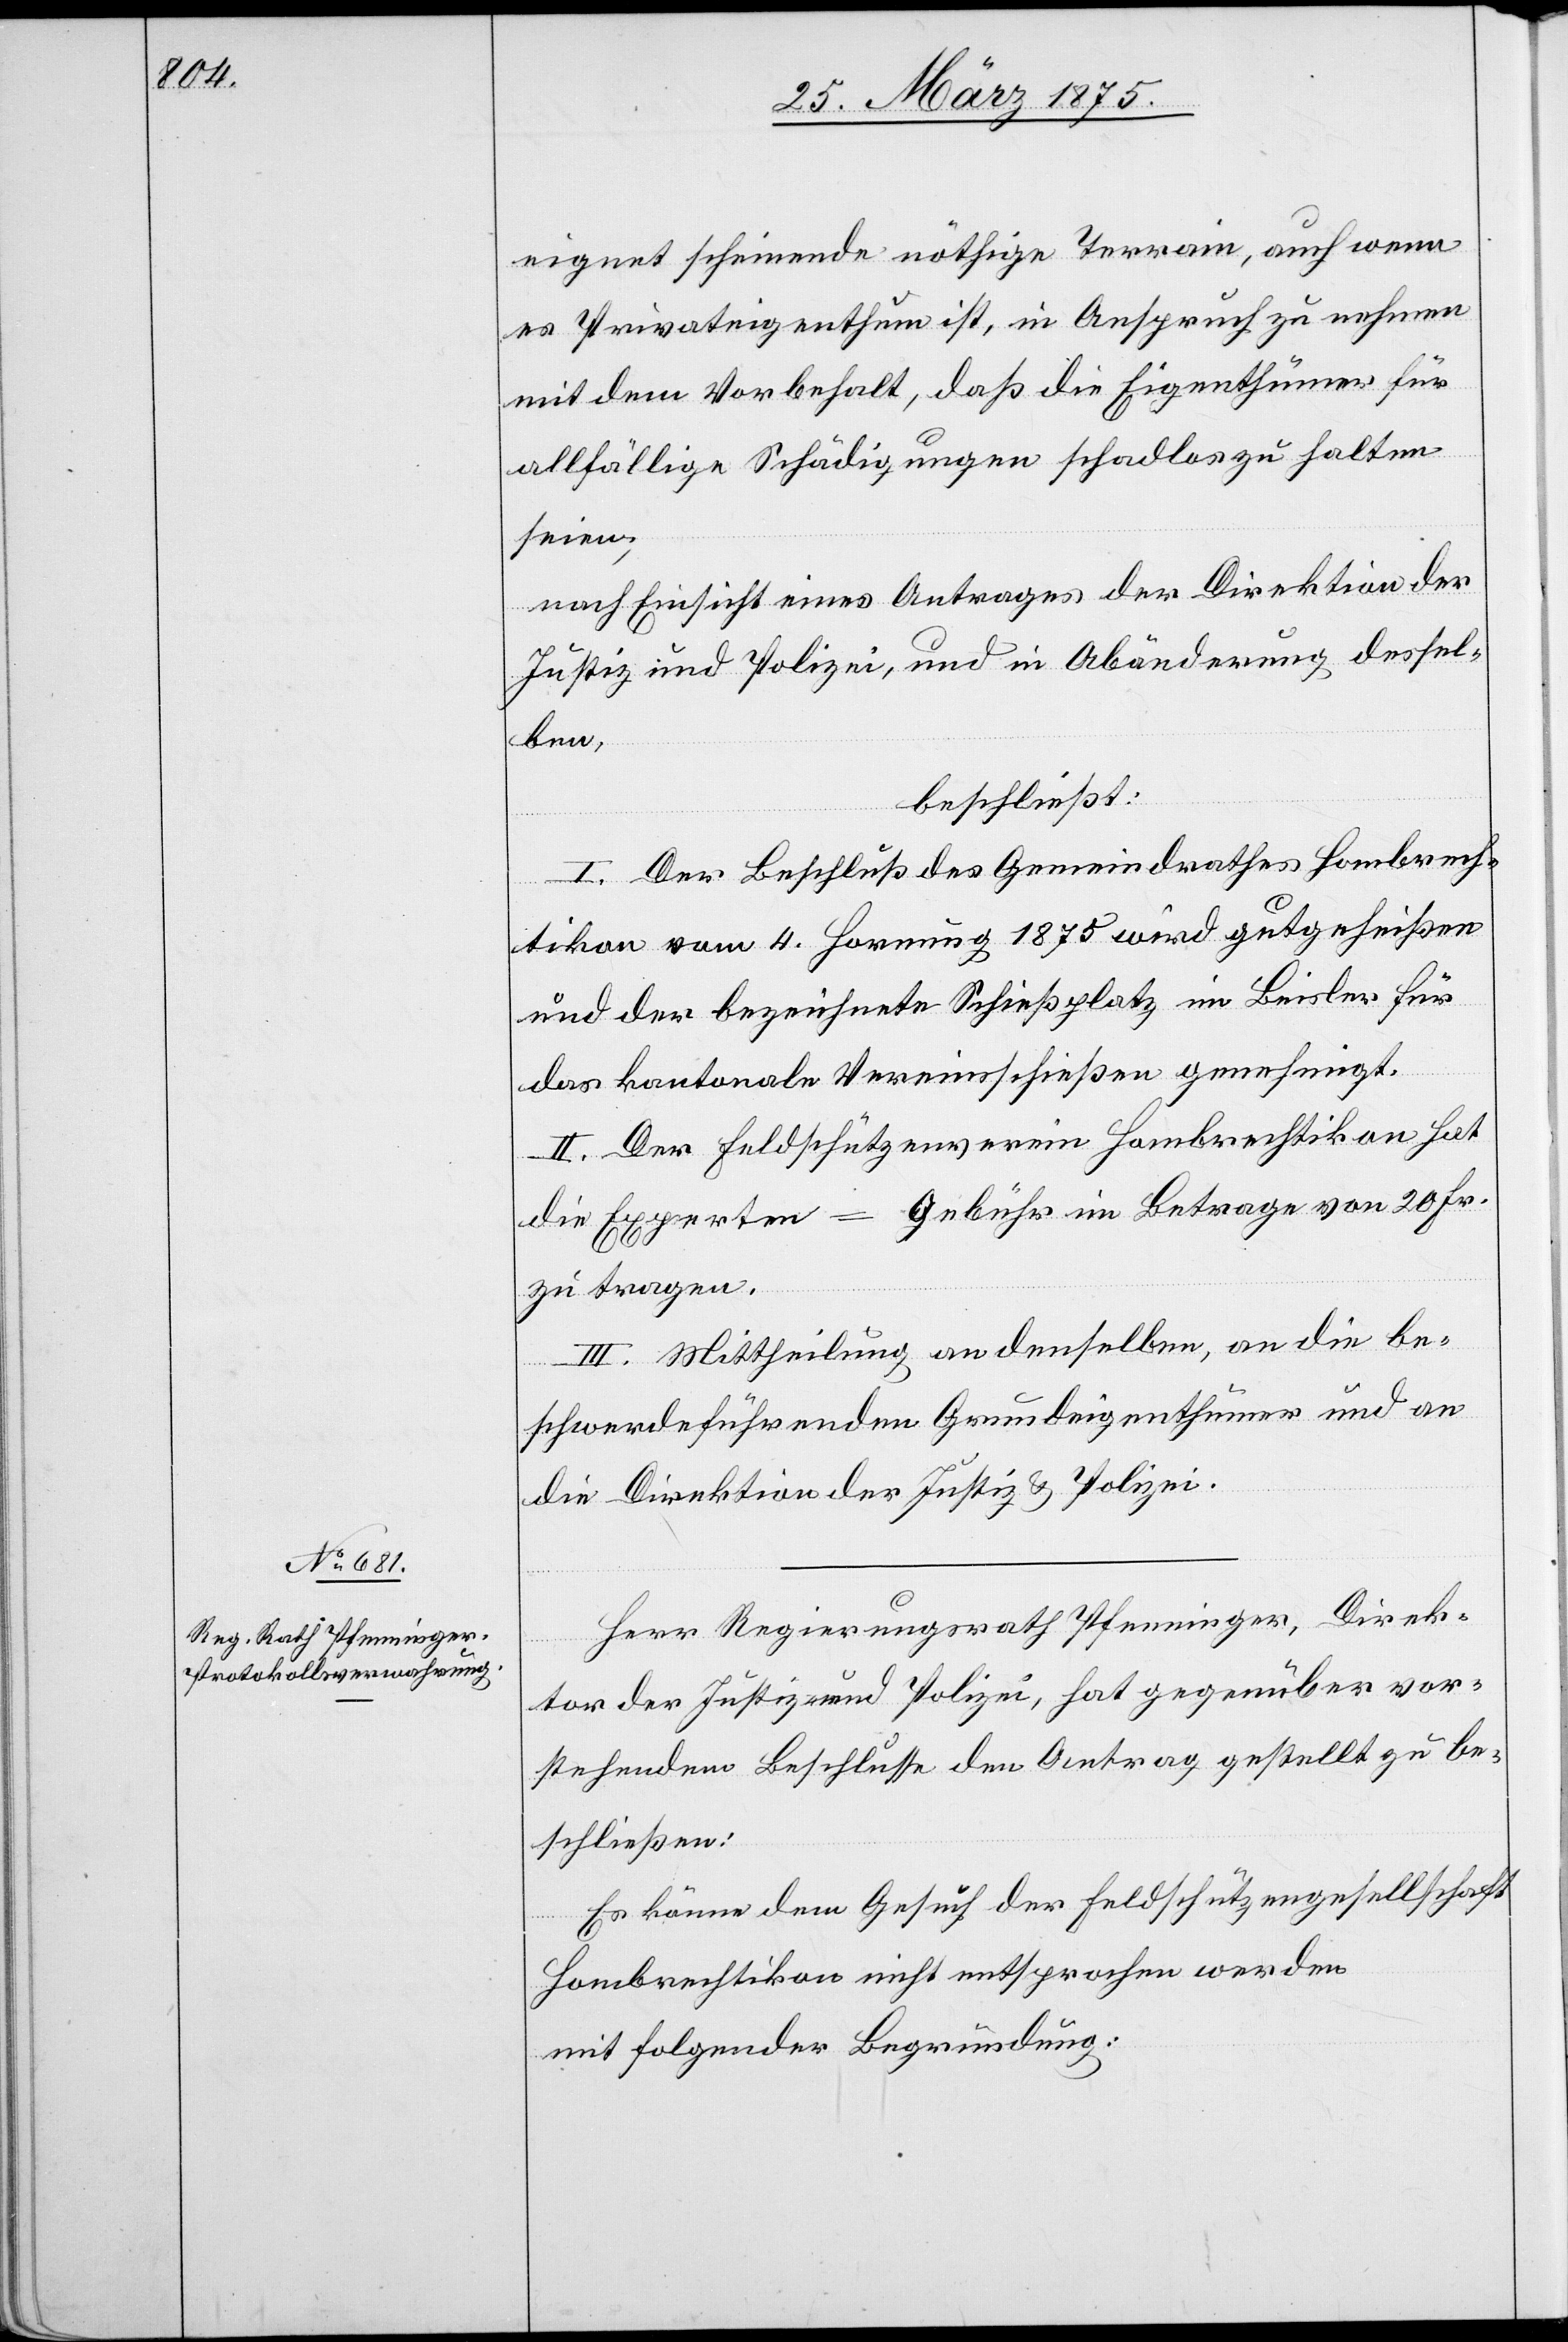
eignet scheinende nöthige Terrain, auch wenn
es Privateigenthum ist, in Anspruch zu nehmen
mit dem Vorbehalt, daß die Eigenthümer für
allfällige Schädigungen schadlos zu halten
seien,
nach Einsicht eines Antrages der Direktion der
Justiz und Polizei, und in Abänderung dessel¬
ben,
beschließt:
I. Der Beschluß des Gemeindrathes Hombrech¬
tikon vom 4. Hornung 1875 wird gutgeheißen
und der bezeichnete Schießplatz im Beisler für
das kantonale Vereinsschießen genehmigt.
II. Der Feldschützenverein Hombrechtikon hat
die Experten-Gebühr im Betrage von 20 Fr.
zu tragen.
III. Mittheilung an denselben, an die be¬
schwerdeführenden Grundeigenthümer und an
die Direktion der Justiz & Polizei.
Herr Regierungsrath Pfenninger, Direk¬
tor der Justiz und Polizei, hat gegenüber vor¬
stehendem Beschlusse den Antrag gestellt zu be¬
schließen:
Es könne dem Gesuch der Feldschützengesellschaft
Hombrechtikon nicht entsprochen werden
mit folgender Begründung: